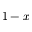
1 - x